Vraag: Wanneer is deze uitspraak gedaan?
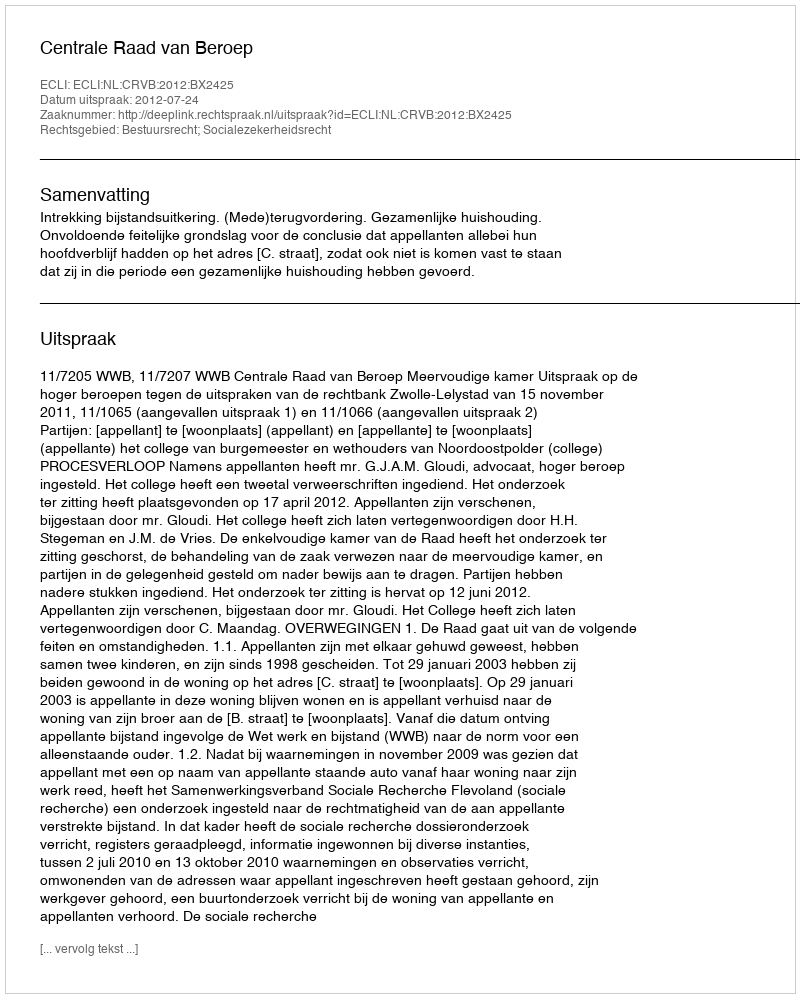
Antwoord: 2012-07-24